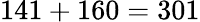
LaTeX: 141+160=301